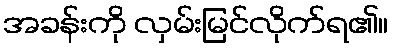
အခန်းကို လှမ်းမြင်လိုက်ရ၏။